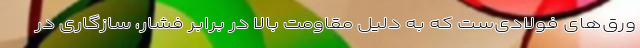
ورق‌های فولادی‌ست که به دلیل مقاومتِ بالا در برابر فشار، سازگاری در